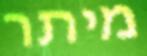
מיתר